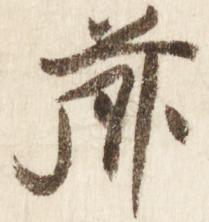
前